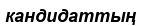
кандидаттың